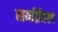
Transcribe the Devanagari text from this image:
सर्वाईवल